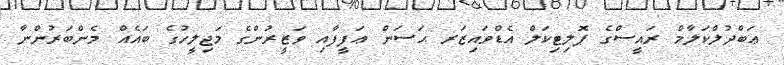
ޢަބްދުލްކަލާމް ރައީސްގެ ޕޮލިޓިކަލް އެޑްވައިޒަރ ޙަސަން ޢަފީފާއި ވަޒީރުންގެ މަޖިލީހުގެ ބައެއް މެންބަރުންނާ